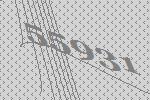
55931